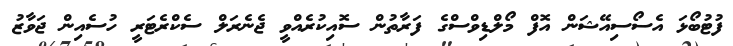
ފުޓުބޯޅަ އެސޯސިއޭޝަން އޮފް މޯލްޑިވްސްގެ ފަރާތުން ސޮއިކުރެއްވީ ޖެނެރަލް ސެކްރެޓަރީ ހުސެއިން ޖަވާޒު